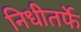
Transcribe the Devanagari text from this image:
निधीतर्फे